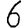
Digit: 6